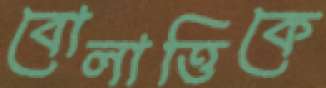
বোলাত্তিকে